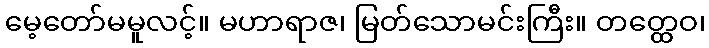
မေ့တော်မမူလင့်။ မဟာရာဇ၊ မြတ်သောမင်းကြီး။ တတ္ထေဝ၊